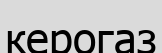
керогаз